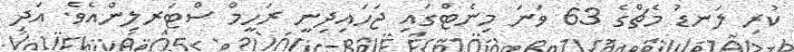
ކުރި ލަނޑު މެޗްގެ 63 ވަނަ މިނެޓްގައި ޖަހައިދިނީ ރަހީމް ސްޓަރލިންއެވެ. އަދި